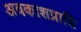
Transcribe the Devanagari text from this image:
अवकाशप्राप्ति